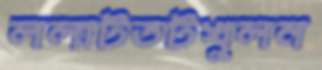
ললাটতটখুলন